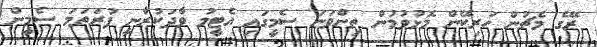
ރޭގެ މެޗުން ހަރިކޭން މޮޅުވުމުން ތިންވަނަ ސެމީގައި އެޓީމު ވާދަކުރާނީ ފުރަތަމަ ސެމީން